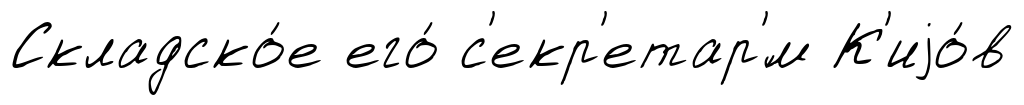
Складско́е его́ с'екр'етар'́м К'иjо́в